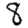
Digit: 8